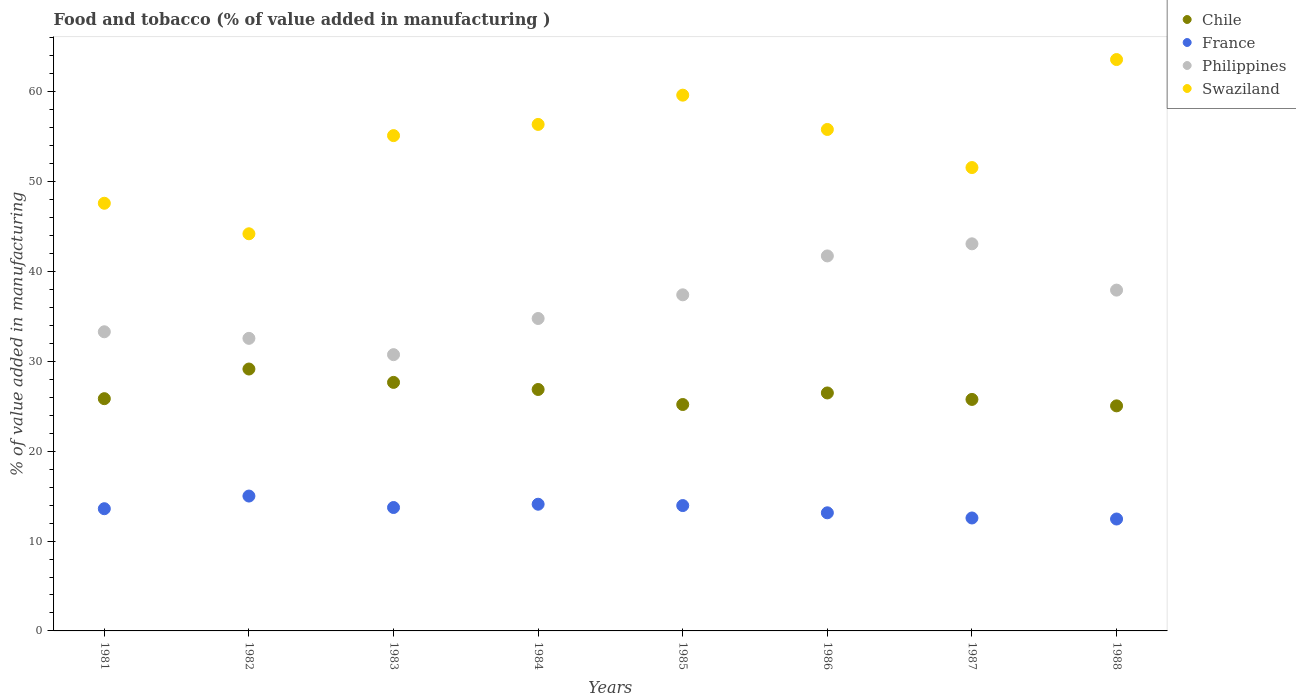
| Years | Chile | France | Philippines | Swaziland |
 | --- | --- | --- | --- | --- |
 | 1981 | 25.8 | 13.6 | 33.3 | 47.6 |
 | 1982 | 29.1 | 15 | 32.6 | 44.2 |
 | 1983 | 27.7 | 13.7 | 30.7 | 55.1 |
 | 1984 | 26.9 | 14.1 | 34.8 | 56.4 |
 | 1985 | 25.2 | 14 | 37.4 | 59.6 |
 | 1986 | 26.5 | 13.1 | 41.7 | 55.8 |
 | 1987 | 25.8 | 12.6 | 43.1 | 51.6 |
 | 1988 | 25 | 12.5 | 37.9 | 63.6 |